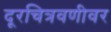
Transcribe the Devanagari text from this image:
दूरचित्रवणीवर